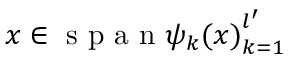
x \in \mathrm { ~ s ~ p ~ a ~ n ~ } { \psi _ { k } ( x ) } _ { k = 1 } ^ { l ^ { \prime } }